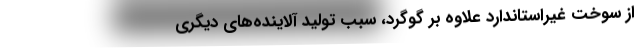
از سوخت غیراستاندارد علاوه بر گوگرد، سبب تولید آلاینده‌های دیگری